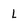
Character: l